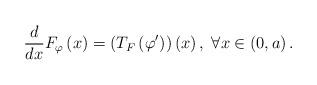
LaTeX: \begin{align*}\frac{d}{dx}F_{\varphi}\left(x\right)=\left(T_{F}\left(\varphi'\right)\right)\left(x\right),\;\forall x\in\left(0,a\right).\end{align*}